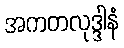
အကတလုဒ္ဒါနံ